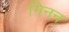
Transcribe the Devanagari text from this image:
गिनन